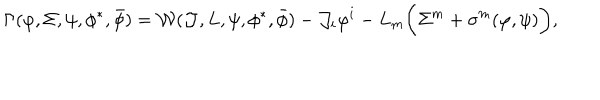
LaTeX: \Gamma ( \varphi , \Sigma , \psi , \phi ^ { * } , \bar { \phi } ) = { \cal W } ( { \cal J } , L , \psi , \phi ^ { * } , \bar { \phi } ) - { \cal J } _ { i } \varphi ^ { i } - L _ { m } \bigg ( \Sigma ^ { m } + \sigma ^ { m } ( \varphi , \psi ) \bigg ) ,